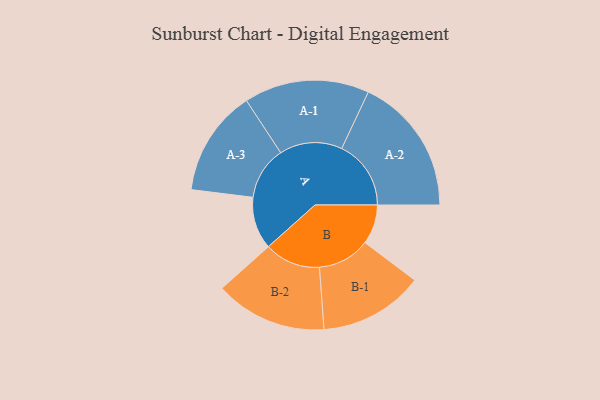
{"axis": {"x": "Segment", "y": "Value"}, "legend": ["", "A", "B"], "data": [{"x": "A", "y": 197, "type": ""}, {"x": "B", "y": 149, "type": ""}, {"x": "A-1", "y": 236, "type": "A"}, {"x": "A-2", "y": 261, "type": "A"}, {"x": "A-3", "y": 200, "type": "A"}, {"x": "B-1", "y": 197, "type": "B"}, {"x": "B-2", "y": 211, "type": "B"}]}